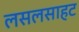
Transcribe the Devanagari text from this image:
लसलसाहट